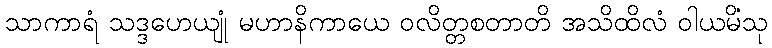
သာကာရံ သဒ္ဒဟေယျုံ မဟာနိကာယေ ဝလိတ္တစတာတိ အသိထိလံ ဝါယမိံသု